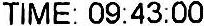
TIME: 09:43:00